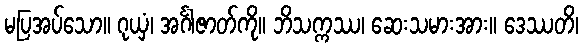
မပြအပ်သော။ ဂုယှံ၊ အင်္ဂါဇာတ်ကို။ ဘိသက္ကဿ၊ ဆေးသမားအား။ ဒေဿတိ၊